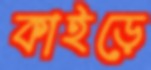
কাইড়ে